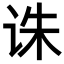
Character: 诛